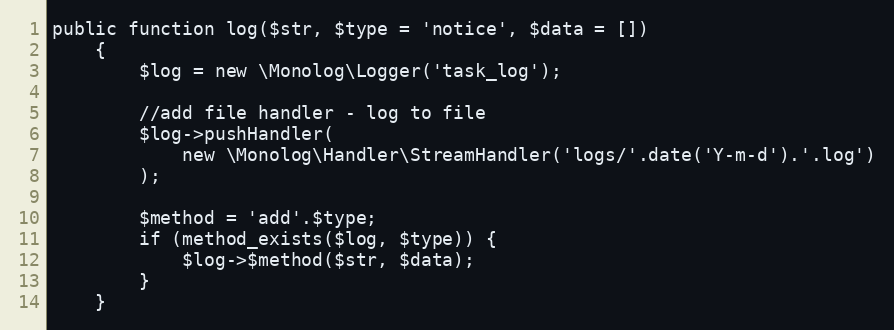
Language: PHP
public function log($str, $type = 'notice', $data = [])
    {
        $log = new \Monolog\Logger('task_log');

        //add file handler - log to file
        $log->pushHandler(
            new \Monolog\Handler\StreamHandler('logs/'.date('Y-m-d').'.log')
        );

        $method = 'add'.$type;
        if (method_exists($log, $type)) {
            $log->$method($str, $data);
        }
    }